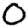
Digit: 0